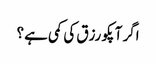
اگر آپکو رزق کی کمی ہے ؟